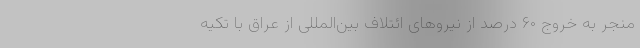
منجر به خروج ۶۰ درصد از نیروهای ائتلاف بین‌المللی از عراق با تکیه